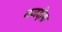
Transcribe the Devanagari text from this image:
नजदीक